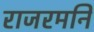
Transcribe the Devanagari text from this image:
राजरमनि